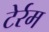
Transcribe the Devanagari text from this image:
टेर्रम